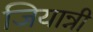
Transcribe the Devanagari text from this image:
जियान्नी